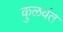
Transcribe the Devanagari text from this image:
कुळवंत